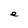
Character: e